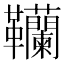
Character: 韊